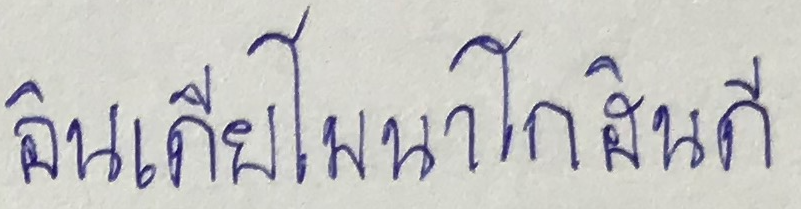
อินเดียนาโมนาโกฮินดี